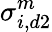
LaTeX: \sigma_{i,d2}^{m}